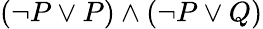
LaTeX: (\neg P\lor P)\land(\neg P\lor Q)